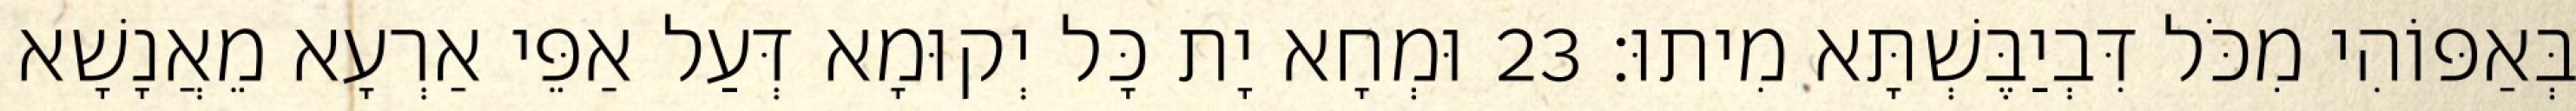
בְּאַפּוֹהִי מִכֹּל דִּבְיַבֶּשְׁתָּא מִיתוּ׃ 23 וּמְחָא יָת כָּל יְקוּמָא דְּעַל אַפֵּי אַרְעָא מֵאֲנָשָׁא